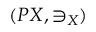
( P X , \ni _ { X } )